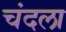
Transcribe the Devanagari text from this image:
चंदला